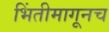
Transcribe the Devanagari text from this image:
भिंतीमागूनच